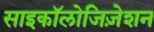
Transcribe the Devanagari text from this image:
साइकॉलोजिज़ेशन